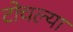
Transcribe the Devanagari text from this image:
टोचल्या